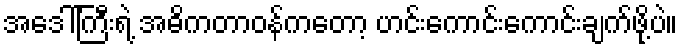
အဒေါ်ကြီးရဲ့ အဓိကတာဝန်ကတော့ ဟင်းကောင်းကောင်းချက်ဖို့ပဲ။